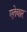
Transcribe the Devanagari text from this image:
एतेबार